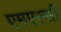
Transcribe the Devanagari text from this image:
एमएस्सी